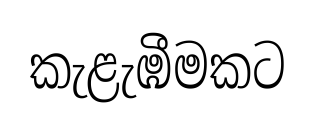
කැළැඹීමකට